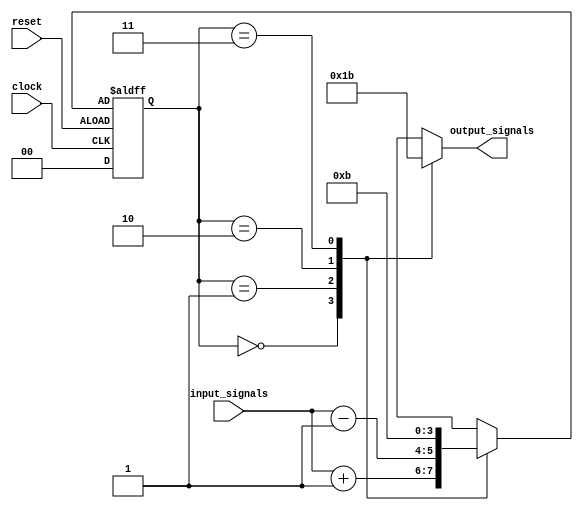
module fsm (
    input wire clock,
    input wire reset,
    input wire [1:0] input_signals,
    output reg [1:0] output_signals
);

// Define states
parameter S0 = 2'b00;
parameter S1 = 2'b01;
parameter S2 = 2'b10;
parameter S3 = 2'b11;

// State register
reg [1:0] current_state;
reg [1:0] next_state;

// State transition logic
always @ (posedge clock or negedge reset) begin
    if (reset) begin
        current_state <= S0;
    end else begin
        current_state <= next_state;
    end
end

// Output generation logic
always @ (*) begin
    case (current_state)
        S0: output_signals = 2'b00;
        S1: output_signals = 2'b01;
        S2: output_signals = 2'b10;
        S3: output_signals = 2'b11;
    endcase
end

// State transition logic
always @ (*) begin
    case (current_state)
        S0: next_state = input_signals + 1; // Example transition logic
        S1: next_state = input_signals - 1; // Example transition logic
        S2: next_state = 2'b10; // Example transition logic
        S3: next_state = 2'b11; // Example transition logic
    endcase
end

endmodule